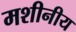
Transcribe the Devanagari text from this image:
मशीनीय